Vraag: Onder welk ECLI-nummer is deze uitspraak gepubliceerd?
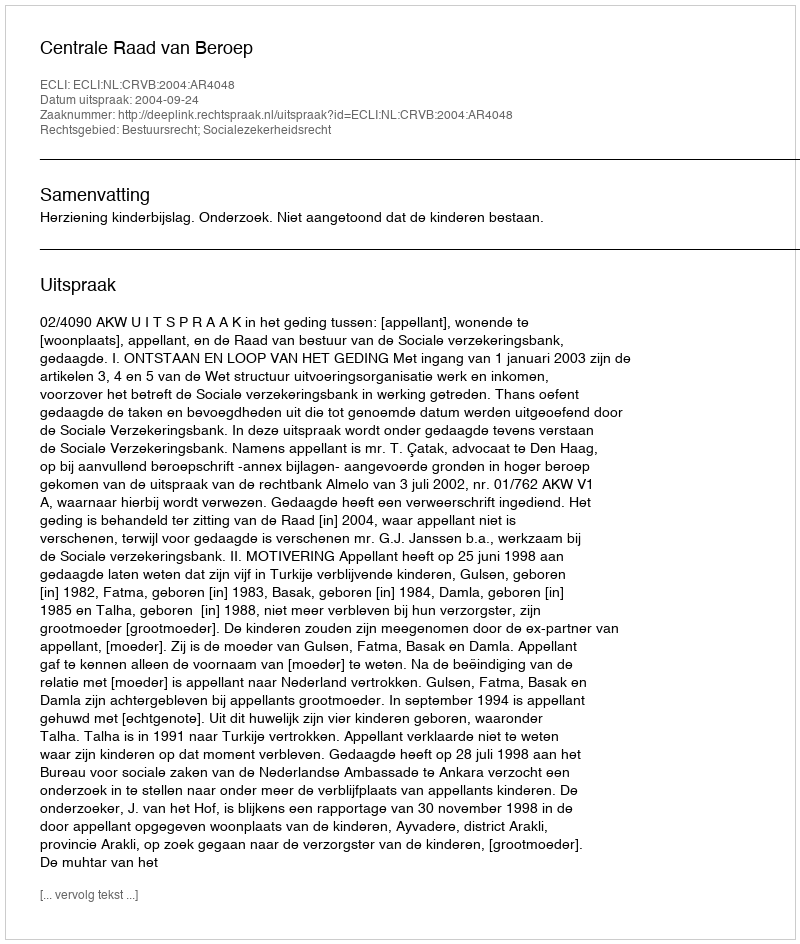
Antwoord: ECLI:NL:CRVB:2004:AR4048